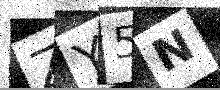
Text: ZY5N